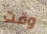
وقت